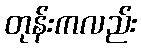
တုန်းကလည်း